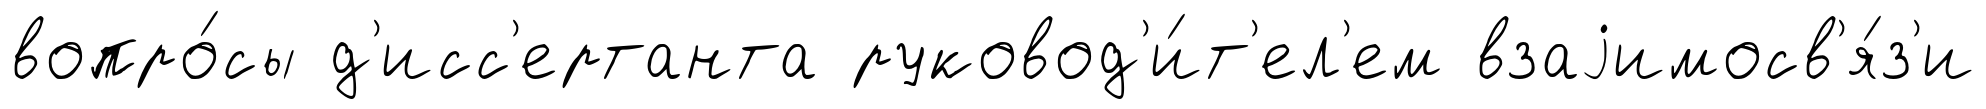
вопро́сы д'исс'ертанта руковод'и́т'ел'ем взаjимосв'я́з'и